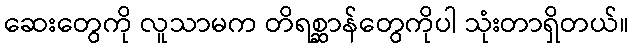
ဆေးတွေကို လူသာမက တိရစ္ဆာန်တွေကိုပါ သုံးတာရှိတယ်။